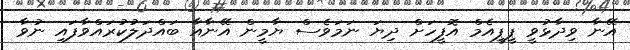
އޭނާ ވިދާޅުވީ ޕީޕީއެމް އޮފީހަށް ދިޔަ ނަމަވެސް ޔާމީން އޭނާއާ ބައްދަލުކުރައްވާފައި ނުވާ